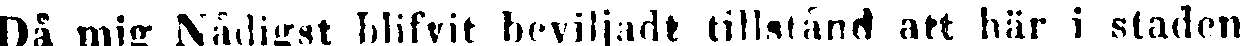
Då mig Nådigst blifvit beviljadt tillstånd att här i staden